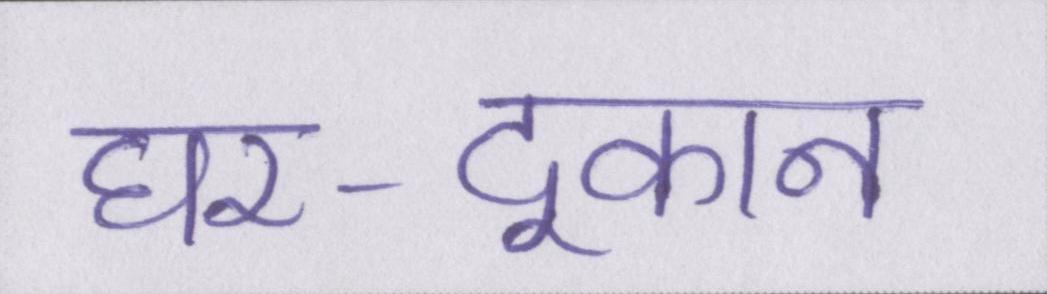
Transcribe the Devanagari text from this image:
घर-दूकान